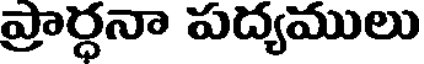
ప్రార్ధనా పద్యములు